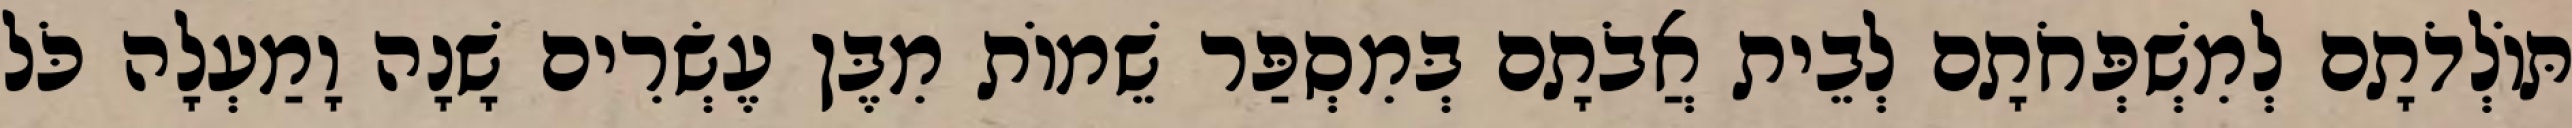
תּוֹלְדֹתָם לְמִשְׁפְּחֹתָם לְבֵית אֲבֹתָם בְּמִסְפַּר שֵׁמוֹת מִבֶּן עֶשְׂרִים שָׁנָה וָמַעְלָה כֹּל